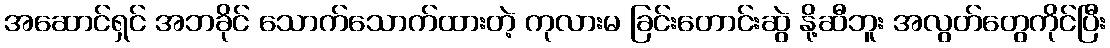
အဆောင်ရှင် အဘခိုင် သောက်သောက်ထားတဲ့ ကုလားမ ခြင်းတောင်းဆွဲ နို့ဆီဘူး အလွတ်တွေကိုင်ပြီး